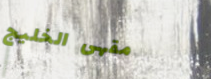
مقهى الخليج